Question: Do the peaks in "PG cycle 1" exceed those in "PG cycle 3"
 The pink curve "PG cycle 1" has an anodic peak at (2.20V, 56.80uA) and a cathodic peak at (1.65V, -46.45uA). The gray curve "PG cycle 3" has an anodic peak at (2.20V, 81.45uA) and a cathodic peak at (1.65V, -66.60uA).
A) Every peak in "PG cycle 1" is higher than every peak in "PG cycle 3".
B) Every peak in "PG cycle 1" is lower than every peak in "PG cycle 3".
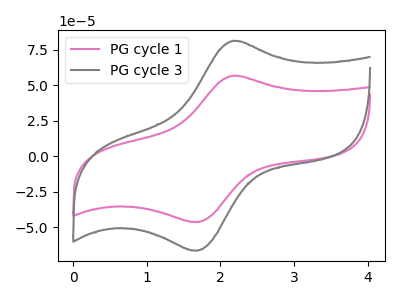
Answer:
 <answer>B) Every peak in "PG cycle 1" is lower than every peak in "PG cycle 3".</answer>
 <eval>B</eval>